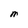
Character: M